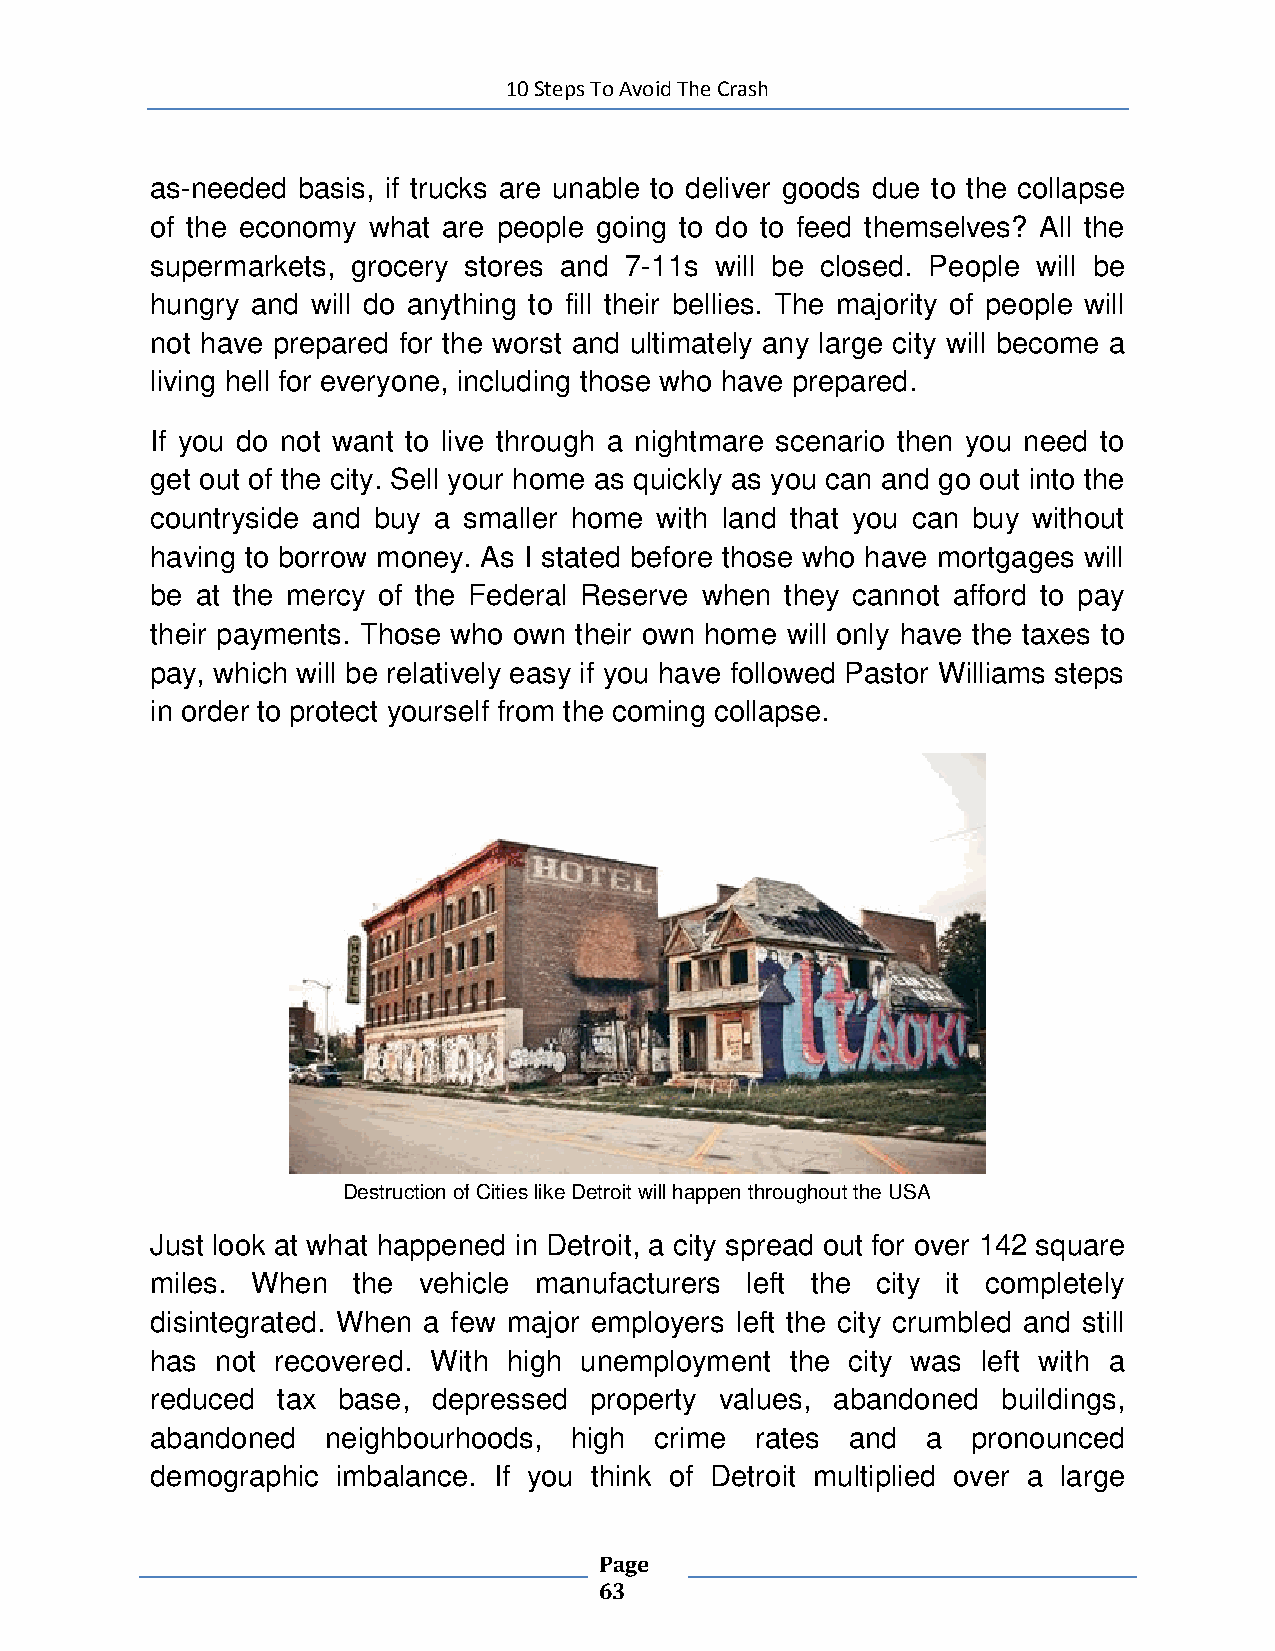
10 Steps To Avoid The Crash
 as-needed basis, if trucks are unable to deliver goods due to the collapse
 of the economy what are people going to do to feed themselves? All the
 supermarkets, grocery stores and 7-11s will be closed. People will be
 hungry and will do anything to fill their bellies. The majority of people will
 not have prepared for the worst and ultimately any large city will become a
 living hell for everyone, including those who have prepared.
 If you do not want to live through a nightmare scenario then you need to
 get out of the city. Sell your home as quickly as you can and go out into the
 countryside and buy a smaller home with land that you can buy without
 having to borrow money. As I stated before those who have mortgages will
 be at the mercy of the Federal Reserve when they cannot afford to pay
 their payments. Those who own their own home will only have the taxes to
 pay, which will be relatively easy if you have followed Pastor Williams steps
 in order to protect yourself from the coming collapse.
 Destruction of Cities like Detroit will happen throughout the USA
 Just look at what happened in Detroit, a city spread out for over 142 square
 miles. When  the  vehicle manufacturers left the city it completely
 disintegrated. When a few major employers left the city crumbled and still
 has not recovered. With high unemployment the city was left with a
 reduced tax base,  depressed property values, abandoned buildings,
 abandoned   neighbourhoods, high crime  rates and  a  pronounced
 demographic imbalance. If you think of Detroit multiplied over a large
 Page
 63